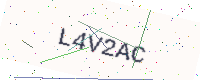
Text: L4V2AC